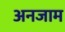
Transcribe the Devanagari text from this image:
अनजाम